Lock hospitals Punjab
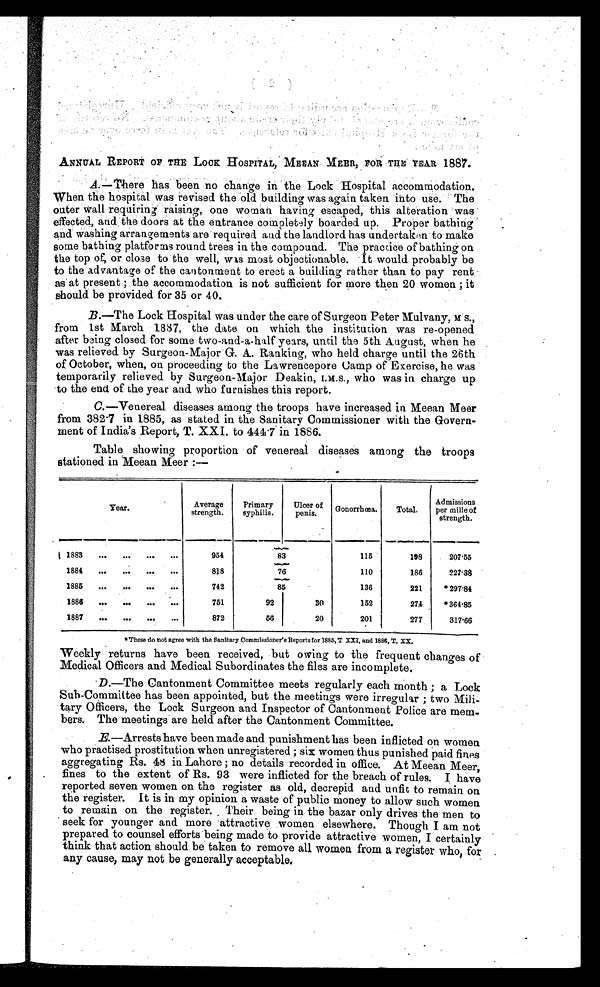
ANNUAL REPORT OF THE LOCK HOSPITAL, MEEAN MEER, FOR THE YEAR 1887.
A.—There has been no change in the Lock Hospital accommodation.
When the hospital was revised the old building was again taken into use. The
outer wall requiring raising, one woman having escaped, this alteration was
effected, and the doors at the entrance completely boarded up. Proper bathing
and washing arrangements are required and the landlord has undertaken to make
some bathing platforms round trees in the compound. The practice of bathing on
the top of, or close to the well, was most objectionable. It would probably be
to the advantage of the cantonment to erect a building rather than to pay rent
as at present ; the accommodation is not sufficient for more then 20 women ; it
should be provided for 35 or 40.
B.—The Lock Hospital was under the care of Surgeon Peter Mulvany, M s.,
from 1st March 1887, the date on which the institution was re-opened
after being closed for some two-and-a-half years, until the 5th August, when he
was relieved by Surgeon-Major G. A. Ranking, who held charge until the 26th
of October, when, on proceeding to the Lawrencepore Camp of Exercise, he was
temporarily relieved by Surgeon-Major Deakin, I.M.s., who was in charge up
to the end of the year and who furnishes this report.
C. —Venereal diseases among the troops have increased in Meean Meer
from 382.7 in 1885, as stated in the Sanitary Commissioner with the Govern-
ment of India's Report, T. XXI. to 441.7 in 1886.
Table showing proportion of venereal diseases among the troops
stationed in Meean Meer :—
Year.
Average
strength.
Primary
syphilis.
Ulcer of
penis.
Gonorrhœa.
Total.
Admissions
per mille of
strength.
1883
. . .
. . .
. . .
. . .
954
83
115
198
207.55
1884
...
...
...
...
818
76
110
186
227.38
1885
...
...
...
...
742
85
136
221
* 2 9 7 . 8 4
1886
...
...
...
...
751
92
30
152
274 *364.85
1887
...
...
...
...
872
56
20
201
277
317.66
* These do not agree with the Sanitary Commissioner's Reports for 1885, T XXI, and 1886, T. XX,
Weekly returns have been received, but owing to the frequent changes of
Medical Officers and Medical Subordinates the files are incomplete,
D.—The Cantonment Committee meets regularly each month ; a Lock
Sub-Committee has been appointed, but the meetings were irregular ; two Mili-
-tary Officers, the Lock Surgeon and Inspector of Cantonment Police are mem-
- b e r s . T h e m e e t i n g s a r e h e l d a f t e r t h e C a n t o n m e n t C o m m i t t e e .
E.—Arrests have been made and punishment has been inflicted on women
who practised prostitution when unregistered ; six women thus punished paid fines
aggregating Rs. 48 in Lahore ; no details recorded in office. At Meean Meer,
fines to the extent of Rs. 93 were inflicted for the breach of rules. I have
reported seven women on the register as old, decrepid and unfit to remain on
the register. It is in my opinion a waste of public money to allow such women
to remain on the register. Their being in the bazar only drives the men to
seek for younger and more attractive women elsewhere. Though I am not
prepared to counsel efforts being made to provide attractive women, I certainly
think that action should be taken to remove all women from a register who, for
any cause, may not be generally acceptable.